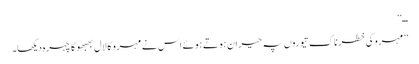
ــ‘‘
’’مہرو کی خطرناک تیوروں پہ حیران ہوتے ہوئے اس نے مہرو کا لال بھبھو کا چہرہ دیکھا۔